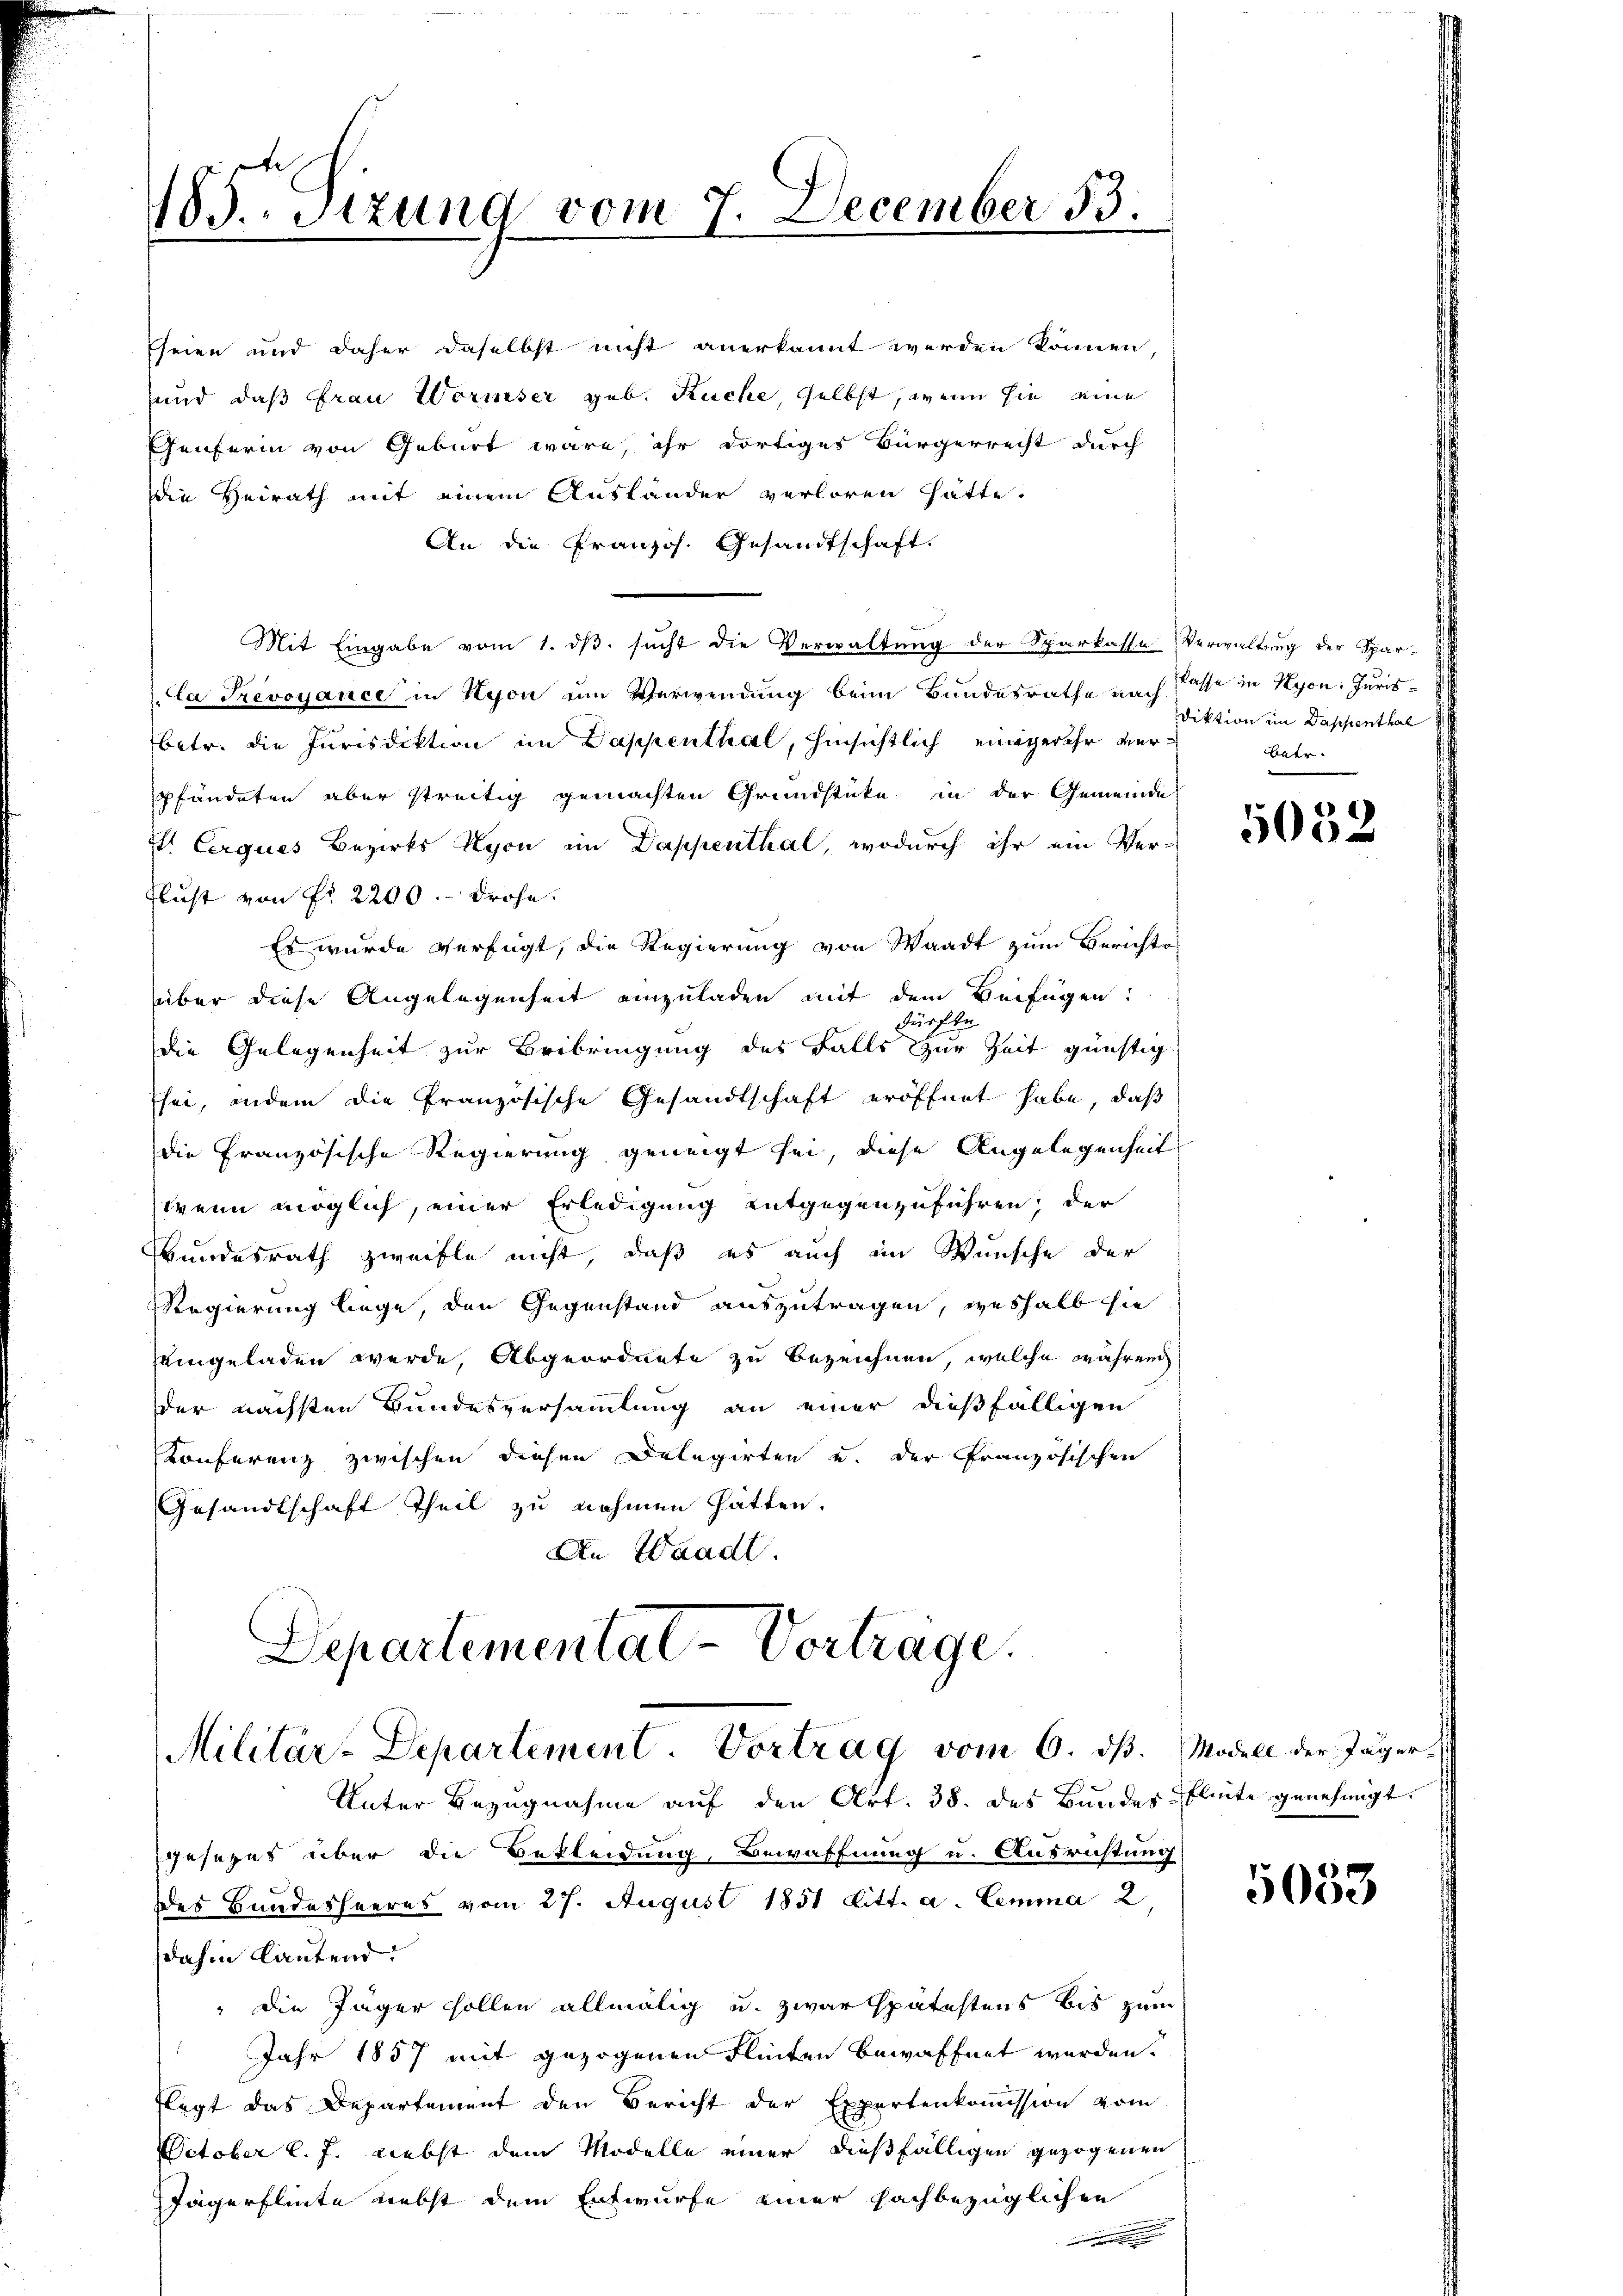
die Heirath mit einem Ausländer verloren hätte.
An die Französ. Gesandtschaft.
Mit Eingabe vom 1. dβ. sucht die Verwaltung der Sparkasse Verwaltung der Spar-
la Trevoyance in Hyon um Verwendung beim Bundesrathe nach Pässe in Nyon. Jurisbetr. die Jurisdiktion im Dappenthal, hinsichtlich eingerehr verpfändeten aber streitig gemachten Grundstücke in der Gemeinde
s. Cerques Bezirks Nyon im Dappenthal, wodurch ihr ein Ver-
Lust von Nr. 2200.- drohe.
Es wurde verfügt, die Regierung von Waadt zum Berichts-
über diese Angelegenheit einzuladen mit dem Beifügen:
dürfte
die Gelegenheit zur Beibringung des Falls zur Zeit günstig
hei, andem die französische Gesandtschaft eröffnet habe, daß
die Französische Regierung geneigt sei, diese Angelegenheit
wenn möglich, einer Erledigung entgegenzuführen; der
Bundesrath zweifle nicht, daß es auch im Wunsche der
Regierung liege, den Gegenstand auszutragen, weshalb sie
Eingeladen werde, Abgeordnete zu bezeichnen, welche während
der nächsten Bundesversammlung an einer dießfälligen
Konferenz zwischen diesen Delegirten und der Französischen
Gesandtschaft Theil zu nehmen hätten.
An Waadt

183. Sizung vom 7. December 53.

seien und daher daselbst nicht anerkannt werden können,
und, daß Frau Wormser geb. Ruche, selbst, wenn sie eine
Genferin von Geburt wäre, ihr dortiges Bürgerrecht durch

Departementat-Vorträge.
Militär-Departement. Vortrag vom 6. ds.
Unter Bezugnahme auf den Art. 38. des Bundes-Blute genehmigt.

gesezes über die Bekleidung, Bewaffnung u. Ausrichtung
des Bundesheeres vom 27. August 1851 Litt. a. Lemma 2,
dahin lautend.
" die Jäger sollen allmälig u. zwar spätestens bis zum
Jahr 1857 mit gezogenen Flinten bewaffnet werden.
flegt das Departement den Bericht der Expertenkommission vom
October l. J. nebst dem Modelle einer dießfälligen gezogenen
Jägerflinte nebst dem Entwurfe einer sachbezüglichen

diktion im Dappenthal
Antr

5052

Modell der Jäger

5033